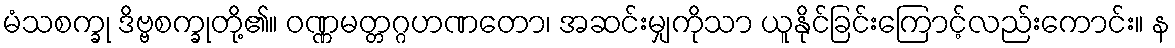
မံသစက္ခု ဒိဗ္ဗစက္ခုတို့၏။ ဝဏ္ဏမတ္တဂ္ဂဟဏတော၊ အဆင်းမျှကိုသာ ယူနိုင်ခြင်းကြောင့်လည်းကောင်း။ န